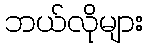
ဘယ်လိုများ